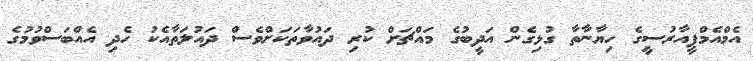
އެމްއެމްޕީއާރުސީގެ ހިޔާނާތާ ގުޅިގެން އަދީބުގެ މައްޗަށް ކުރި ދައުވާތަކަށްވެސް ދައުލަތާއެކު ހެދި އެއްބަސްވުމުގެ